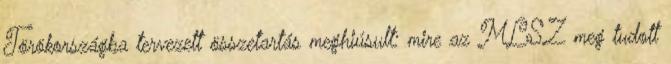
Törökországba tervezett összetartás meghiúsult: mire az MLSZ meg tudott